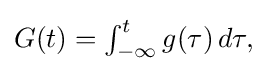
{\textstyle G(t)=\int _{-\infty }^{t}g(\tau )\,d\tau ,}